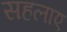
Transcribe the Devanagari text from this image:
सहलाए